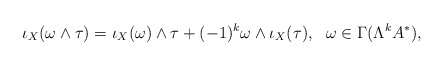
\begin{align*} \iota_X(\omega\wedge\tau)= \iota_X(\omega)\wedge\tau+ (-1)^k\omega\wedge \iota_X(\tau),~~\omega \in \Gamma (\Lambda^kA^\ast),\end{align*}